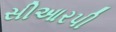
સીઆરપી